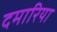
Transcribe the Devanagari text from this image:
दमारिया